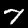
Label: 7